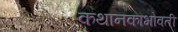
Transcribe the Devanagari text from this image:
कथानकाभोवती